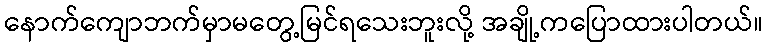
နောက်ကျောဘက်မှာမတွေ့မြင်ရသေးဘူးလို့ အချို့ကပြောထားပါတယ်။